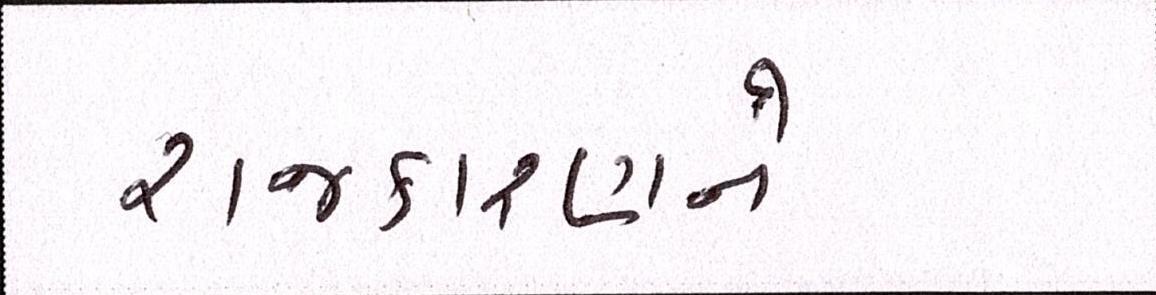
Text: રાજકારણને